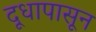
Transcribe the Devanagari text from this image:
दूधापासून